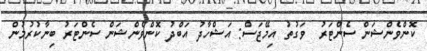
ކޮންވެންޝަން ސެންޓަރު  ވަގުތު އިމޭޖަސް: އަޝްހާދު އަބްދު ކޮންވެންޝަން ސެންޓަރު ބިނާކުރުމުން